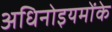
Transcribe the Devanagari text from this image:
अधिनोइयमोंके